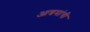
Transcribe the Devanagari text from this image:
आश्रमांची